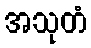
အသုတံ